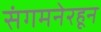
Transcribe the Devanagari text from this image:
संगमनेरहून